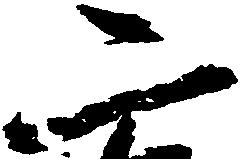
二